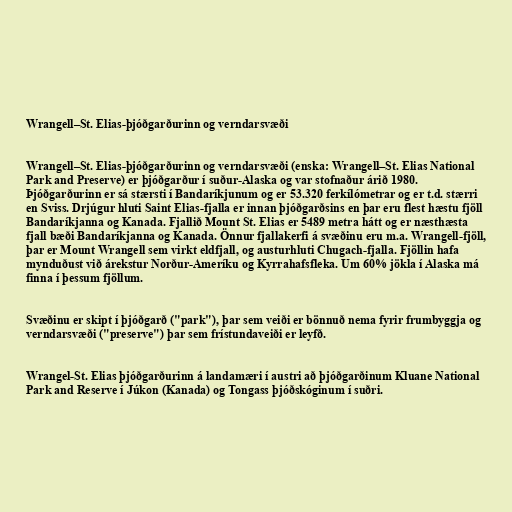
Wrangell–St. Elias-þjóðgarðurinn og verndarsvæði

Wrangell–St. Elias-þjóðgarðurinn og verndarsvæði (enska: Wrangell–St. Elias National
Park and Preserve) er þjóðgarður í suður-Alaska og var stofnaður árið 1980.
Þjóðgarðurinn er sá stærsti í Bandaríkjunum og er 53.320 ferkílómetrar og er t.d. stærri
en Sviss. Drjúgur hluti Saint Elias-fjalla er innan þjóðgarðsins en þar eru flest hæstu fjöll
Bandaríkjanna og Kanada. Fjallið Mount St. Elias er 5489 metra hátt og er næsthæsta
fjall bæði Bandaríkjanna og Kanada. Önnur fjallakerfi á svæðinu eru m.a. Wrangell-fjöll,
þar er Mount Wrangell sem virkt eldfjall, og austurhluti Chugach-fjalla. Fjöllin hafa
mynduðust við árekstur Norður-Ameríku og Kyrrahafsfleka. Um 60% jökla í Alaska má
finna í þessum fjöllum.

Svæðinu er skipt í þjóðgarð ("park"), þar sem veiði er bönnuð nema fyrir frumbyggja og
verndarsvæði ("preserve") þar sem frístundaveiði er leyfð.

Wrangel-St. Elias þjóðgarðurinn á landamæri í austri að þjóðgarðinum Kluane National
Park and Reserve í Júkon (Kanada) og Tongass þjóðskóginum í suðri.